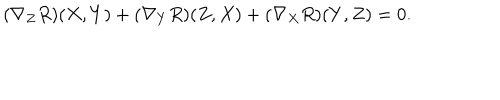
( \nabla _ { Z } R ) ( X , Y ) + ( \nabla _ { Y } R ) ( Z , X ) + ( \nabla _ { X } R ) ( Y , Z ) = 0 .